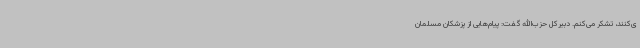
ی‌کنند، تشکر می‌کنم. دبیرکل حزب‌الله گفت: پیام‌هایی از پزشکان مسلمان